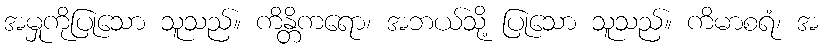
အမှုကိုပြုသော သူသည်။ ကိန္တိကရော၊ အဘယ်သို့ ပြုသော သူသည်။ ကိမာစရံ၊ အ